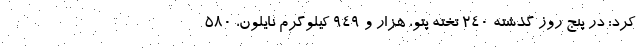
کرد: در پنج روز گذشته ۲۴۰ تخته پتو، هزار و ۹۴۹ کیلوگرم نایلون، ۵۸۰